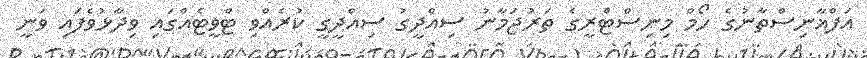
އަފްޣާނިސްތާނުގެ ހޯމް މިނިސްޓްރީގެ ތަރުޖަމާނު ސިއްދީގު ސިއްދީގީ ކުރެއްވި ޓްވީޓެއްގައި ވިދާޅުވެފައި ވަނީ